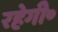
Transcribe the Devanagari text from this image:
रहेगी॰